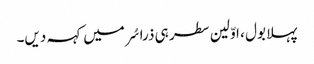
پہلا بول ، اوّلین سطر ہی ذرا سُر میں کہہ دیں۔